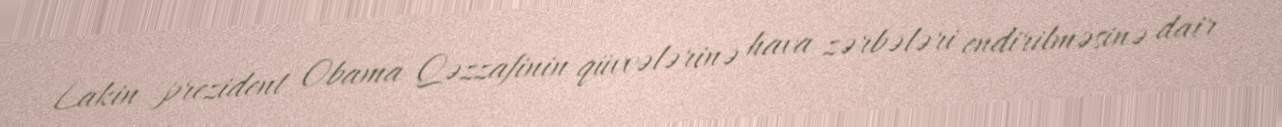
Lakin prezident Obama Qəzzafinin qüvvələrinə hava zərbələri endirilməsinə dair